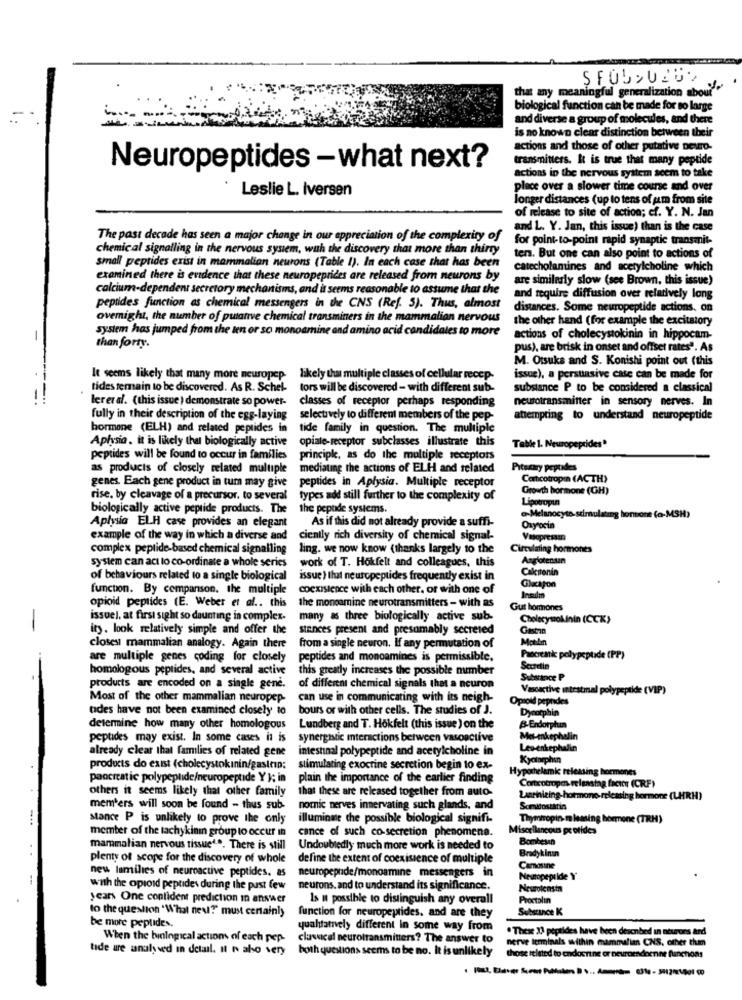
that any meaningful generalization about""
biological function can be made for so large
and diverse a group of molecules, and there
is no known clear distinction between their
actions and those of other putative neuro-
transmitters. It is true that many peptide
Neuropeptides -what next?
actions in the nervous system seem to take
Leslie L. Iversen
place over a slower time course and over
longer distances (up to tens of um from site
of release to site of action; cf. Y. N. Jan
and L. Y. Jan, this issue) than is the case
The past decade has seen a major change in our appreciation of the complexity of
for point-to-point rapid synaptic transmit-
chemical signalling in the nervous system, wuh the discovery that more than thirty
ters. But one can also point to actions of
small peptides exist in mammation neurons (Table 1). In each case that has been
catecholamines and acetylcholine which
examined there is evidence that these neuropeprices are released from neurons by
are similarly slow (see Brown, this issue)
calcium-dependent secretory mechanisms, and it seems reasonable to assume that the
and require diffusion over relatively long
peptides function as chemical messengers in the CNS (Ref. 5). Thus, almost
distances. Some neuropeptide actions, on
overnight, the number of puanve chemical transminers in the mammalian nervous
the other hand ( for example the excitstory
system has jumped from the ten or so monoamine and amino acid candidates to more
actions of cholecystokinin in hippocam-
than forty.
pus), are brisk in onset and offset rates". As
M. Otsuka and S. Konishi point out (this
It seems likely that many more neuropep likely that multiple classes of cellular recep-
issue), a persuasive case can be made for
tides temmain to be discovered. As R. Schel-
tors will be discovered - with different sub-
substance P to be considered a classical
lereral. (this issue ) demonstrate so power-
neurotransmitter in sensory nerves. In
classes of receptor perhaps responding
fully in their description of the egg-laying
selectively to different members of the pep-
attempting to understand neuropeptide
hormone (ELH) and related peptides in
tide family in question. The multiple
Aplysia. it is likely that biologically active opiale-receptor subclasses illustrate this
Table 1. Neuropeptides"
peptides will be found to occur in families
principle, as do the multiple receptors
as products of closely related multiple
mediating the actions of ELH and related
Pitscary pepodes
genes. Each gene product in tum may give
peptides in Aplysia. Multiple receptor
Cercotropin (ACTH)
Growth hormone (GH)
rise. by cleavage of a precursor. to several
types add still further to the complexity of
Lipotropin
biologically active peptide products. The
the peptide systems.
As if this did not already provide a suffi-
a-Melanocyte-stimulating honore (a-MSH)
Aplysia ELH case provides an elegant
Oxytocin
example of the way in which a diverse and
ciently rich diversity of chemical signal-
complex peptide-based chemical signalling
ling. we now know (thanks largely to the
Circulating hormones
work of T. Hokfelt and colleagues, this
Anglotensan
system can act to co-ordinate a whole series
Calcitonin
of behaviours related to a single biological
issue ) that neuropeptides frequently exist in
function. By cempanson. the multiple
coexistence with each other, or with one of
Gliapon
the monoamine neurotransmitters - with as
opioid peptides (E. Weber et al .. this
Gut hormones
issuel, at first sight so daunting in complex.
many as three biologically active sub-
Cholecysokinin (CCK)
ity. look relatively simple and offer the
stances present and presumably secreted
Castna
closes mammalian analogy. Again there
from a single neuron. If any permutation of
are multiple genes coding for closely
peptides and monoamines is permissible.
Pancreatic polypeptide (PP)
homologous peptides, and several active this greatly increases the possible number
Substance P
products are encoded on a single gene.
of different chemical signals that a neuron
Vasoactive intestinal polypeptide (VIP)
Most of the other mammalian neuropep-
can use in communicating with its neigh-
Opioid pepndes
tides have not been examined closely to
bours or with other cells. The studies of J.
Dynotphin
determine how many other homologous
Lundberg and T. Hokfelt (this issue ) on the
B-Endorplun
peptides may exist. In some cases it is synergistic interactions between vasoactive
Met-enkephelin
already clear that families of related gene
intestinal polypeptide and acetylcholine in
Levenkephalin
Kyolorphin
products do exist (cholecystokinin/gastrip:
stimulating exocrine secretion begin to ex-
Hypothelamic releasing hormones
pancreatic polypeptide/neuropeptide Y }; in
plain the importance of the earlier finding
others it seems likely that other family
that these are released together from auto-
Corticotropen releastag factor (CRF)
Zuseinizing-hormono-releasing hormone (LHRH)
members will soon be found - thus sub-
nomnic nerves inmervating such glands, and
Somitostatin
stance P is unlikely to prove the only
illuminme the possible biological signifi.
Thymiropin-mleasing hormone (TRH)
member of the tachy kinin group to occur in
Miscellaneous pe otides
cance of such co-secretion phenomena.
Bombesan
mammalian nervous tissuede. There is still
Undoubtedly much more work is needed to
plenty of scope for the discovery of whole
define the extent of coexistence of multiple
Bradykinin
neuropeptide/monoamine messengers in
Camosine
new lamilies of neuroactive peptides. as
Neuropeptide Y
with the opioid peptides during the past few
neurons. and to understand its significance.
years One confident prediction in answer
Is m possible to distinguish any overall
Proctolin
to the question "What neu?" must certainly
Substance K
function for neuropeptides. and are they
be more peptides.
yuahtamely different In some way from
. Thex 13 peptides have been desenbed in neurons and
When the biological actions of each pep.
classical neurotransmitters? The answer to
nerve terminals within mammalian CNS, other than
tide are analyved in detail. Il n abo very
both questions seems to be no. It is unlikely
those related to endocrine or neuroendoenne functions